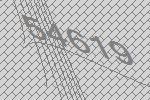
54619